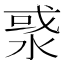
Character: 㳼